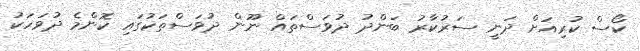
ކޯސް ކުރިއަށް ދަނީ ސަރުކާރު ބަންދު ދުވަސްތައް ނޫން ދުވަސްތަކުގައި ކޮންމެ ދުވަހަކު